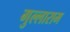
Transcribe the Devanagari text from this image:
गुल्लाराम